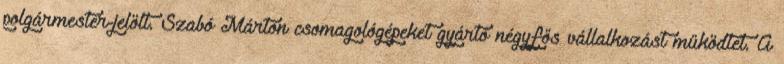
polgármester-jelölt. Szabó Márton csomagológépeket gyártó négyfős vállalkozást működtet. A